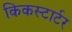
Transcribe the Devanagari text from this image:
किकस्टार्टर